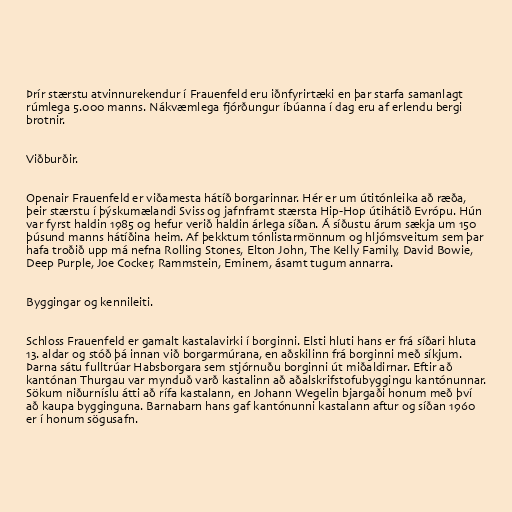
Þrír stærstu atvinnurekendur í Frauenfeld eru iðnfyrirtæki en þar starfa samanlagt
rúmlega 5.000 manns. Nákvæmlega fjórðungur íbúanna í dag eru af erlendu bergi
brotnir.

Viðburðir.

Openair Frauenfeld er viðamesta hátíð borgarinnar. Hér er um útitónleika að ræða,
þeir stærstu í þýskumælandi Sviss og jafnframt stærsta Hip-Hop útihátið Evrópu. Hún
var fyrst haldin 1985 og hefur verið haldin árlega síðan. Á síðustu árum sækja um 150
þúsund manns hátíðina heim. Af þekktum tónlistarmönnum og hljómsveitum sem þar
hafa troðið upp má nefna Rolling Stones, Elton John, The Kelly Family, David Bowie,
Deep Purple, Joe Cocker, Rammstein, Eminem, ásamt tugum annarra.

Byggingar og kennileiti.

Schloss Frauenfeld er gamalt kastalavirki í borginni. Elsti hluti hans er frá síðari hluta
13. aldar og stóð þá innan við borgarmúrana, en aðskilinn frá borginni með síkjum.
Þarna sátu fulltrúar Habsborgara sem stjórnuðu borginni út miðaldirnar. Eftir að
kantónan Thurgau var mynduð varð kastalinn að aðalskrifstofubyggingu kantónunnar.
Sökum niðurníslu átti að rífa kastalann, en Johann Wegelin bjargaði honum með því
að kaupa bygginguna. Barnabarn hans gaf kantónunni kastalann aftur og síðan 1960
er í honum sögusafn.